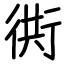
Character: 衖